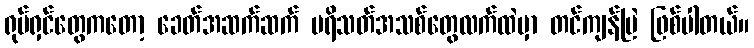
ရုပ်ရှင်တွေကတော့ ခေတ်အဆက်ဆက် ပရိသတ်အသစ်တွေလက်ထဲမှာ တင်ကျန်မြဲ ဖြစ်ပါတယ်။